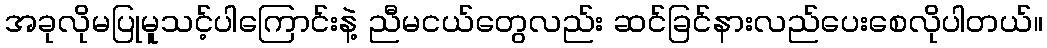
အခုလိုမပြုမူသင့်ပါကြောင်းနဲ့ ညီမငယ်တွေလည်း ဆင်ခြင်နားလည်ပေးစေလိုပါတယ်။